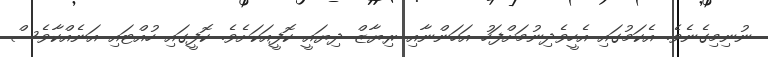
ނުނިމިގެނެވެ. އެކަމުގައި އެހީވެދިނުމަށްފަހު އަހަންނާއި ރިޔާޒް ދިޔައީ ކޮފީއަކަށެވެ. ކޮފީގައި ހުއްޓައި އަނެއްކާވެސް